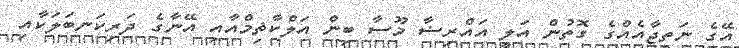
އޭގެ ނަތީޖާއެއްގެ ގޮތުން އަލީ އައްރިޟާ މޫސާ ބިން އަލްކާޡިމްއާއި އޭނާގެ ދަރިކަނބަލަކާއި